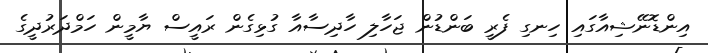
އިންޑޮނޭޝިއާގައި ހިނގި ފެރީ ބަންޑުން ޖަހާލި ހާދިސާއާ ގުޅިގެން ރައީސް ޔާމީން ހަމްދަރުދީގެ